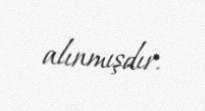
alınmışdır.